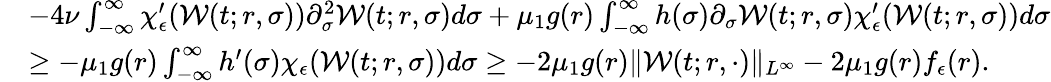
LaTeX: \begin{array}{rl}&{-4\nu\int_{-\infty}^{\infty}\chi_{\epsilon}^{\prime}(\mathcal{W}(t;r,\sigma))\partial_{\sigma}^{2}\mathcal{W}(t;r,\sigma)d\sigma+\mu_{1}g(r)\int_{-\infty}^{\infty}h(\sigma)\partial_{\sigma}\mathcal{W}(t;r,\sigma)\chi_{\epsilon}^{\prime}(\mathcal{W}(t;r,\sigma))d\sigma}\\ &{\geq-\mu_{1}g(r)\int_{-\infty}^{\infty}h^{\prime}(\sigma)\chi_{\epsilon}(\mathcal{W}(t;r,\sigma))d\sigma\geq-2\mu_{1}g(r)\| \mathcal{W}(t;r,\cdot)\| _{L^{\infty}}-2\mu_{1}g(r)f_{\epsilon}(r).}\end{array}